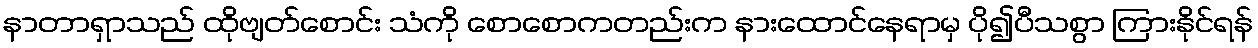
နာတာရှာသည် ထိုဗျတ်စောင်း သံကို စောစောကတည်းက နားထောင်နေရာမှ ပို၍ပီသစွာ ကြားနိုင်ရန်